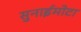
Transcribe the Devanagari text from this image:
सुनाईमोटा